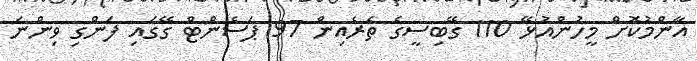
އާންމުކޮށް މީހުންއުޅޭ 110 ގޭބިސީގެ ތެރެއިން 97 ޕަސެންޓް ގޭގައި ފަންގި ވިންނަ